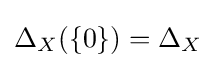
\Delta _{X}(\{0\})=\Delta _{X}